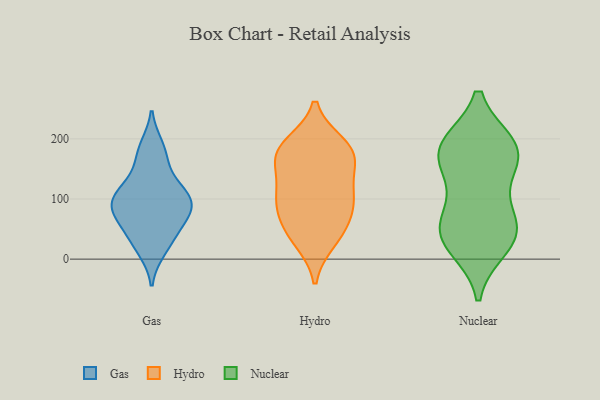
{"axis": {"x": "Satisfaction Score", "y": "Value"}, "legend": ["Gas", "Hydro", "Nuclear"], "data": [{"x": "", "y": 85, "type": "Gas"}, {"x": "", "y": 163, "type": "Gas"}, {"x": "", "y": 77, "type": "Gas"}, {"x": "", "y": 38, "type": "Gas"}, {"x": "", "y": 89, "type": "Gas"}, {"x": "", "y": 121, "type": "Gas"}, {"x": "", "y": 98, "type": "Gas"}, {"x": "", "y": 14, "type": "Gas"}, {"x": "", "y": 114, "type": "Gas"}, {"x": "", "y": 54, "type": "Gas"}, {"x": "", "y": 188, "type": "Gas"}, {"x": "", "y": 163, "type": "Hydro"}, {"x": "", "y": 67, "type": "Hydro"}, {"x": "", "y": 101, "type": "Hydro"}, {"x": "", "y": 155, "type": "Hydro"}, {"x": "", "y": 37, "type": "Hydro"}, {"x": "", "y": 113, "type": "Hydro"}, {"x": "", "y": 100, "type": "Hydro"}, {"x": "", "y": 102, "type": "Hydro"}, {"x": "", "y": 183, "type": "Hydro"}, {"x": "", "y": 172, "type": "Hydro"}, {"x": "", "y": 191, "type": "Hydro"}, {"x": "", "y": 185, "type": "Hydro"}, {"x": "", "y": 30, "type": "Hydro"}, {"x": "", "y": 59, "type": "Hydro"}, {"x": "", "y": 51, "type": "Nuclear"}, {"x": "", "y": 181, "type": "Nuclear"}, {"x": "", "y": 56, "type": "Nuclear"}, {"x": "", "y": 22, "type": "Nuclear"}, {"x": "", "y": 185, "type": "Nuclear"}, {"x": "", "y": 167, "type": "Nuclear"}, {"x": "", "y": 40, "type": "Nuclear"}, {"x": "", "y": 188, "type": "Nuclear"}, {"x": "", "y": 115, "type": "Nuclear"}, {"x": "", "y": 178, "type": "Nuclear"}, {"x": "", "y": 46, "type": "Nuclear"}]}